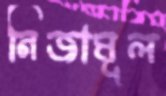
নিজামূল